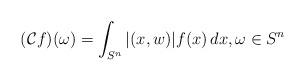
LaTeX: \begin{align*}(\mathcal{C} f) (\omega) = \int_{S^n} |(x, w)| f (x)\, d x,\omega \in S^n\end{align*}